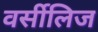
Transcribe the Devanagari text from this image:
वर्सीलिज